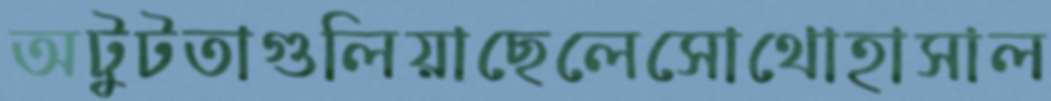
অটুটতাগুলিয়াছেলেসোথোহাসাল